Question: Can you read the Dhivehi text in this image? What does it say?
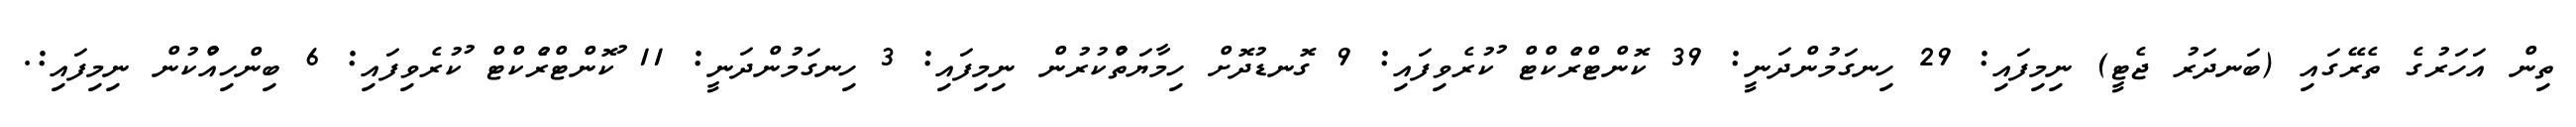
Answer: ތިން އަހަރުގެ ތެރޭގައި (ބަނދަރު ޖެޓީ) ނިމިފައި: 29 ހިނގަމުންދަނީ: 39 ކޮންޓްރެުކްޓް ުކުރެވިފައި: 9 ގޮނޑުދޮށް ހިމާޔަތްުކުރުން ނިމިފައި: 3 ހިނގަމުންދަނީ: 11 ުކޮންޓްރެުކްޓް ުކުރެވިފައި: 6 ބިންހިއްުކުން ނިމިފައި:.